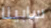
سابينا